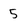
Character: 5